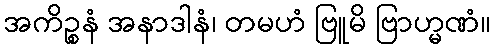
အကိဉ္စနံ အနာဒါနံ၊ တမဟံ ဗြူမိ ဗြာဟ္မဏံ။